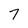
Character: 7